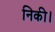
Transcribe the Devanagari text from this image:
निकी।